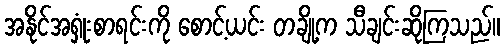
အနိုင်အရှုံးစာရင်းကို စောင့်ယင်း တချို့က သီချင်းဆိုကြသည်။